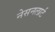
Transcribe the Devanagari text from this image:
नेसनलार्ट